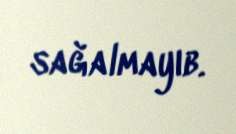
sağalmayıb.